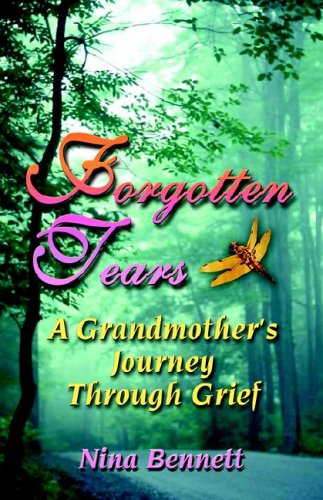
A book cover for Forgotten Tears: A Grandmother's Journey Through Grief; Nina Bennett; Parenting & Relationships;